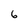
Character: 6